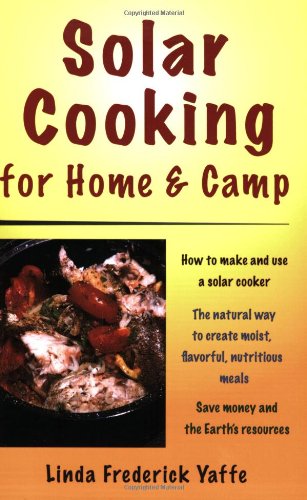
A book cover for Solar Cooking for Home & Camp; Linda Frederick Yaffe; Cookbooks, Food & Wine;